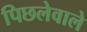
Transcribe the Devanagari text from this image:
पिछलेवाले